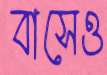
বাসেও